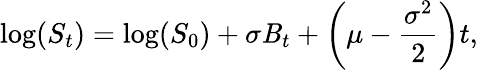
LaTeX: \log(S_{t})=\log(S_{0})+\sigma\mathit{B}_{t}+\left(\mu-{\frac{{\sigma^{2}}}{{2}}}\right)t,